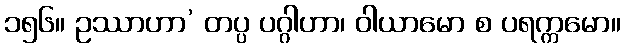
၁၅၆။ ဥဿာဟာ’ တပ္ပ ပဂ္ဂါဟာ၊ ဝါယာမော စ ပရက္ကမော။